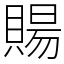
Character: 𧶽